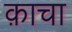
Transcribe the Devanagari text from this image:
क़ाचा